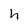
Character: h